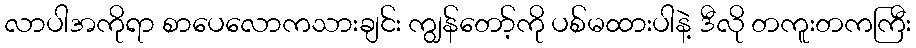
လာပါအကိုရာ စာပေလောကသားချင်း ကျွန်တော့်ကို ပစ်မထားပါနဲ့ ဒီလို တကူးတကကြီး